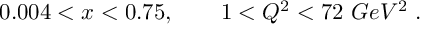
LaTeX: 0 . 0 0 4 < x < 0 . 7 5 , ~ ~ ~ ~ ~ ~ 1 < Q ^ { 2 } < 7 2 ~ G e V ^ { 2 } ~ .